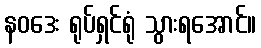
နဝဒေး ရုပ်ရှင်ရုံ သွားရအောင်။